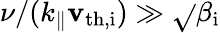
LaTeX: \nu/(k_{\parallel}\mathbf{v}_{\mathrm{{th,i}}})\gg\sqrt{}{{\beta_{\mathrm{{i}}}}}